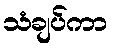
သံချပ်ကာ